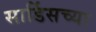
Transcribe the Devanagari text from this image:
सार्डिसच्या